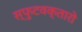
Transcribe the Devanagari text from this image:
स्फुटवक्तारो